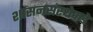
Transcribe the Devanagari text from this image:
शासनसंस्थेकडे